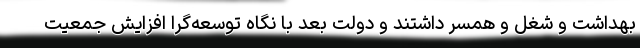
بهداشت و شغل و همسر داشتند و دولت بعد با نگاه توسعه‌گرا افزایش جمعیت